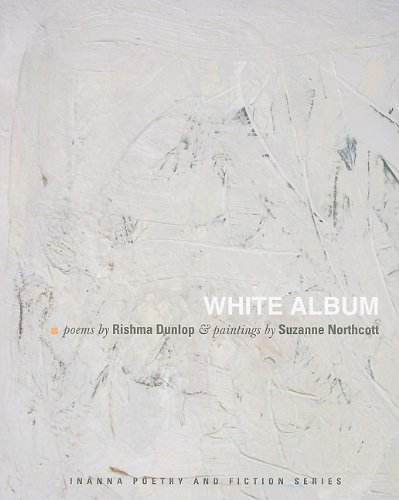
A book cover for White Album (Inanna Poetry & Fiction); Rishma Dunlop; Literature & Fiction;